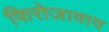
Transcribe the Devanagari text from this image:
फिरोजावाद